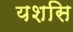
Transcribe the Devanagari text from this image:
यशसि